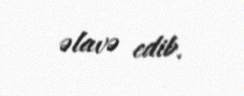
əlavə edib.